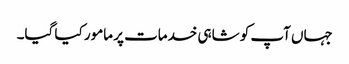
جہاں آپ کو شاہی خدمات پر مامور کیا گیا۔